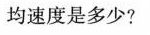
均速度是多少?